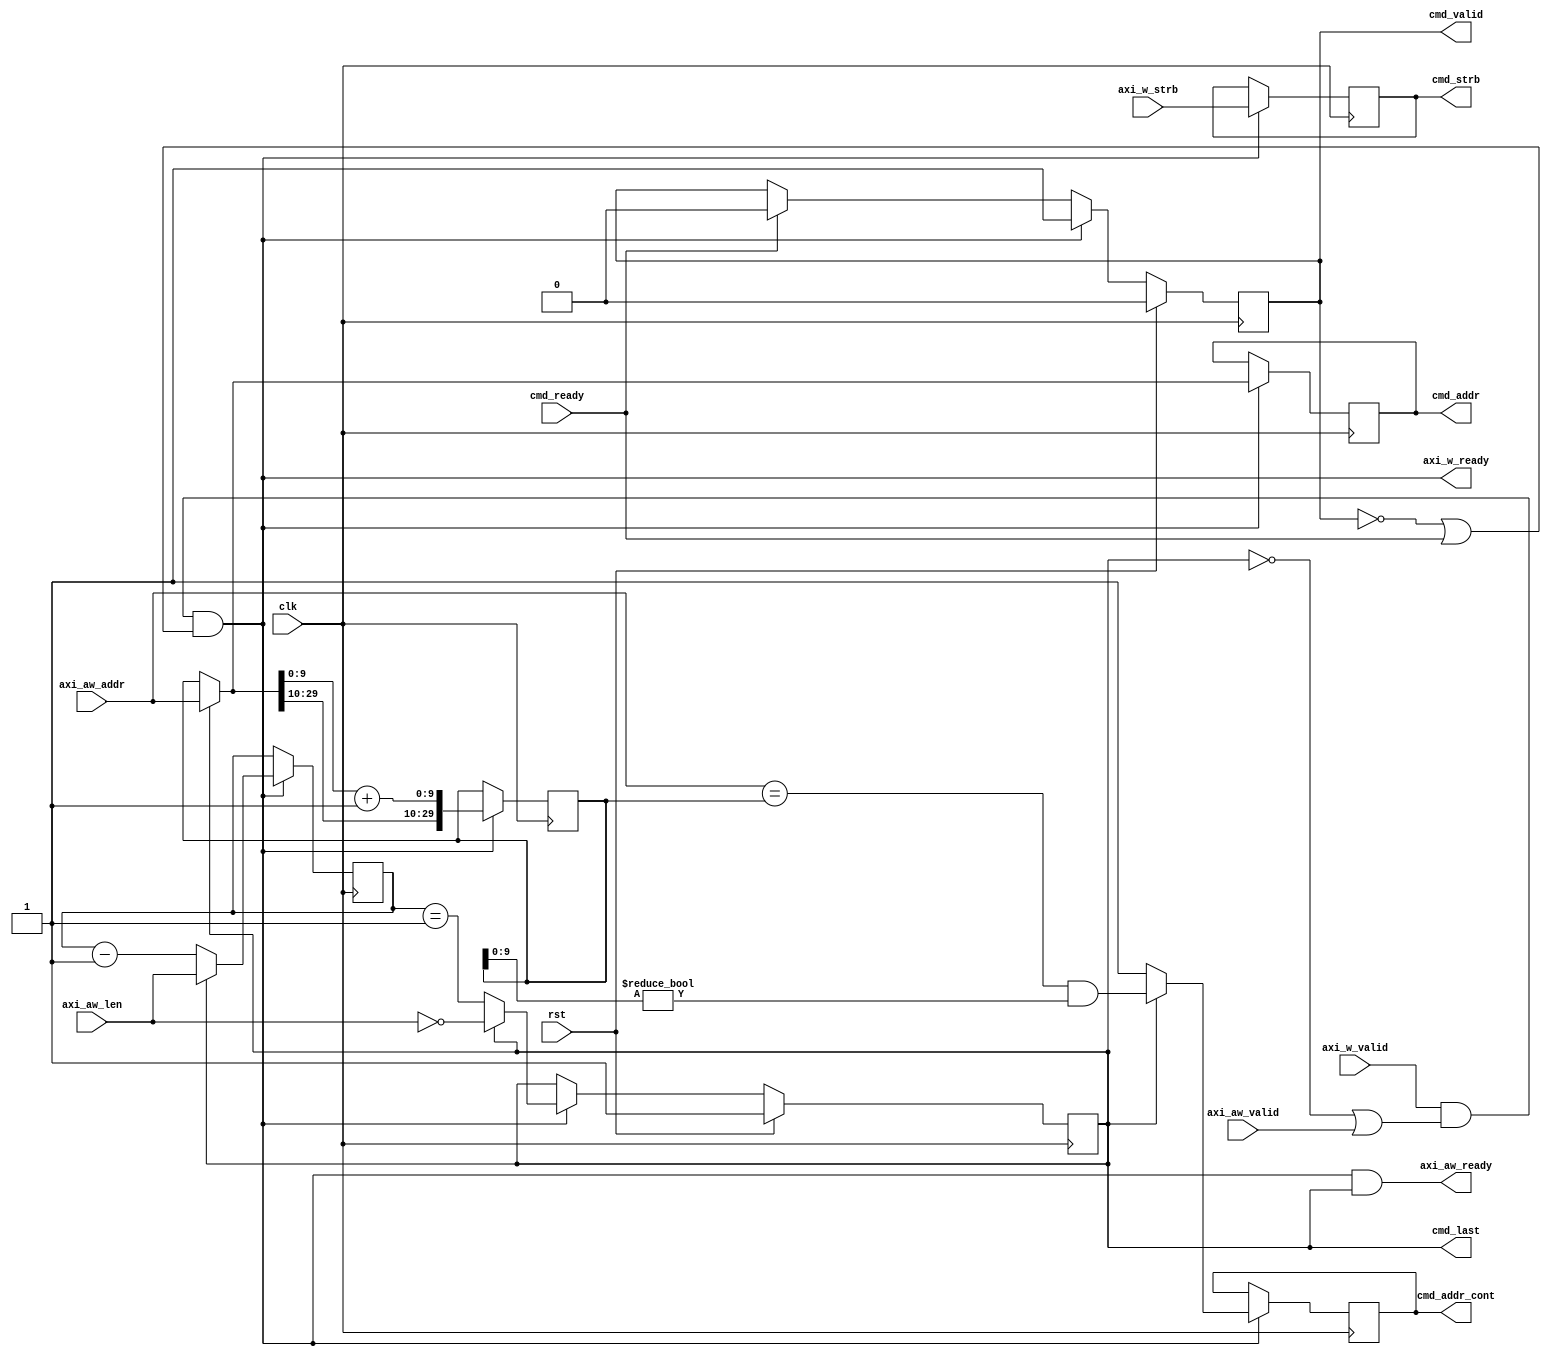

module dlsc_pcie_s6_outbound_write_cmdsplit #(
    parameter ADDR      = 32,
    parameter LEN       = 4
) (
    // system
    input   wire                clk,
    input   wire                rst,

    // AXI write command input
    output  wire                axi_aw_ready,
    input   wire                axi_aw_valid,
    input   wire    [ADDR-1:2]  axi_aw_addr,
    input   wire    [LEN-1:0]   axi_aw_len,

    // AXI write data input (strobes only)
    output  wire                axi_w_ready,
    input   wire                axi_w_valid,
    input   wire    [3:0]       axi_w_strb,

    // command stream output
    input   wire                cmd_ready,
    output  reg                 cmd_valid,
    output  reg     [ADDR-1:2]  cmd_addr,
    output  reg                 cmd_addr_cont,      // cmd_addr is contiguous with previous command
    output  reg     [3:0]       cmd_strb,
    output  reg                 cmd_last            // last split command for a particular AW command
);

reg  [ADDR-1:2] cmd_addr_p1;
reg  [LEN-1:0]  cmd_len;

reg  [ADDR-1:2] next_cmd_addr;
reg             next_cmd_addr_cont;
reg  [LEN-1:0]  next_cmd_len;
reg             next_cmd_last;

always @* begin
    if(cmd_last) begin
        next_cmd_addr       = axi_aw_addr[ADDR-1:2];
        next_cmd_addr_cont  = (axi_aw_addr[ADDR-1:2] == cmd_addr_p1) && (cmd_addr_p1[11:2] != 10'd0);
        next_cmd_len        = axi_aw_len;
        next_cmd_last       = (axi_aw_len == 0);
    end else begin
        next_cmd_addr       = cmd_addr_p1;
        next_cmd_addr_cont  = 1'b1;
        next_cmd_len        = cmd_len - 1;
        next_cmd_last       = (cmd_len == 1);
    end
end

wire            next_cmd_valid  = axi_w_valid && (!cmd_last || axi_aw_valid);

wire            cmd_update      = next_cmd_valid && (!cmd_valid || cmd_ready);

assign          axi_aw_ready    = cmd_update && cmd_last;
assign          axi_w_ready     = cmd_update;

always @(posedge clk) begin
    if(rst) begin
        cmd_valid       <= 1'b0;
    end else begin
        if(cmd_ready) begin
            cmd_valid       <= 1'b0;
        end
        if(cmd_update) begin
            cmd_valid       <= 1'b1;
        end
    end
end

always @(posedge clk) begin
    if(rst) begin
        cmd_last        <= 1'b1;
    end else if(cmd_update) begin
        cmd_last        <= next_cmd_last;
    end
end

always @(posedge clk) begin
    if(cmd_update) begin
        cmd_strb        <= axi_w_strb;
        cmd_addr        <= next_cmd_addr;
        cmd_addr_p1     <= { next_cmd_addr[ADDR-1:12], (next_cmd_addr[11:2] + 10'd1) };
        cmd_addr_cont   <= next_cmd_addr_cont;
        cmd_len         <= next_cmd_len;
    end
end

endmodule